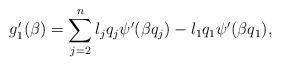
LaTeX: \begin{align*}g_{1}'(\beta)=\sum_{j=2}^{n}l_j q_j \psi'(\beta q_j)-l_1 q_1 \psi'(\beta q_1),\end{align*}